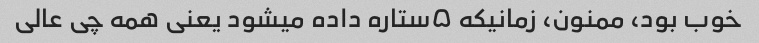
خوب بود، ممنون، زمانیکه ۵ستاره داده میشود یعنی همه چی عالی